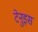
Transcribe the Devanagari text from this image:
टेनुइस